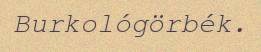
Burkológörbék.